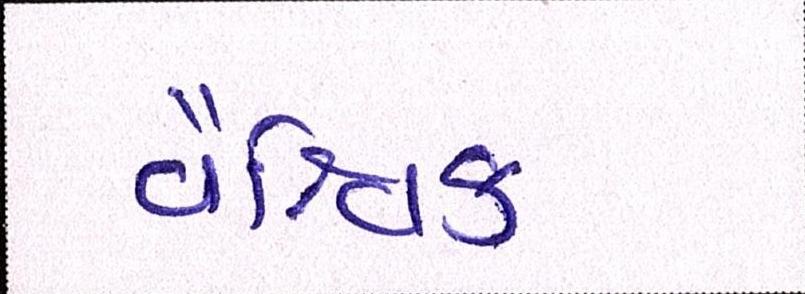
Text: વૈશ્વિક